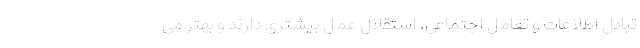
تبادل اطلاعات و تعامل اجتماعی، استقلال عمل بیشتری دارند و بهتر می